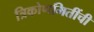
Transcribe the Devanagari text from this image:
त्रिकोणमितींची